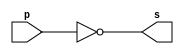
// ------------------------- 
// Exemplo0002 - NOT 
// Nome: Felipe Cssio Vieira Ferreira
// ------------------------- 
// ------------------------- 
// -- not gate 
// ------------------------- 
module notgate (output s, input p); 
assign s = ~p; 
endmodule // notgate 
// ------------------------- 
// -- test not gate 
// ------------------------- 
module testnotgate; 
// ------------------------- dados locais 
reg a; // definir registrador 
// (variavel independente) 
wire s; // definir conexao (fio) 
// (variavel dependente ) 
// ------------------------- instancia 
notgate NOT1 (s, a); 
// ------------------------- preparacao 
initial begin:start 
a=0; // valor inicial 
end
// ------------------------- parte principal 
initial begin 
$display("Exemplo0002 - Felipe Cssio Vieira Ferreira- 451552"); 
$display("Test NOT gate"); 
$display("\n~a = s\n"); 
a=0; 
#1 $display("~%b = %b", a, s); 
a=1; 
#1 $display("~%b = %b", a, s); 
end 
endmodule // testnotgate